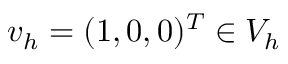
v _ { h } = ( 1 , 0 , 0 ) ^ { T } \in V _ { h }